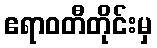
ဧရာဝတီတိုင်းမှ